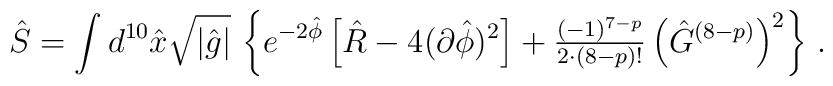
\hat{S} = \int d^{10}\hat{x}\sqrt{|\hat{g}|}\,\left\{e^{-2\hat{\phi}}\left[ \hat{R} -4(\partial\hat{\phi})^{2}\right] +{\textstyle\frac{(-1)^{7-p}}{2\cdot (8-p)!}} \left(\hat{G}^{(8-p)}\right)^{2}\right\}\, .